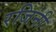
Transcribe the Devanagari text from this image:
रजिनी